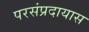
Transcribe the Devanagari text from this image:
परसंप्रदायास